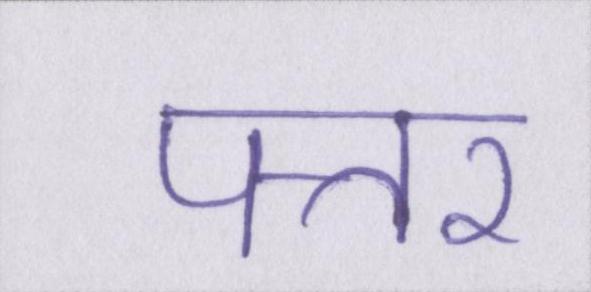
पत्तर